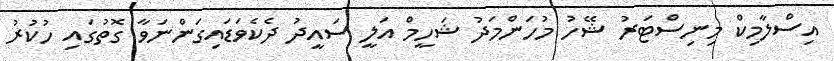
އިސްލާމިކް މިނިސްޓަރު ޝޭހު މުހަންމަދު ޝަހީމް އަލީ ސައީދު ދެކެވަޑައިގަންނަވާ ގޮތުގައި ހުކުރު